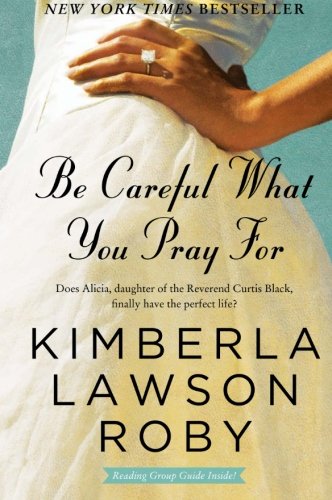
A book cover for Be Careful What You Pray For: A Novel (The Reverend Curtis Black Series); Kimberla Lawson Roby; Literature & Fiction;